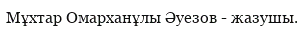
Мұхтар Омарханұлы Әуезов - жазушы.